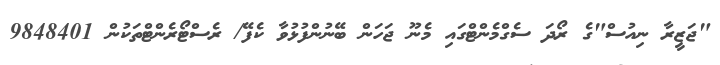
"ޖަޒީރާ ނިއުސް"ގެ ރޯދަ ސެގްމެންޓްގައި މެނޫ ޖަހަން ބޭނުންފުޅުވާ ކެފޭ/ ރެސްޓޯރެންޓްތަކުން 9848401